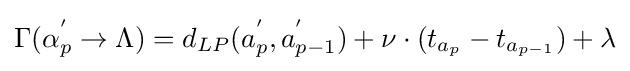
\Gamma (\alpha _{p}^{'}\to \Lambda )=d_{LP}(a_{p}^{'},a_{p-1}^{'})+\nu \cdot (t_{a_{p}}-t_{a_{p-1}})+\lambda